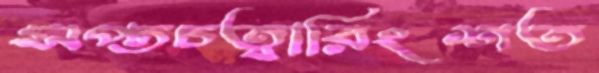
সপ্তচত্বারিংশত